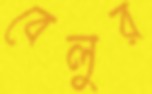
বেলুর